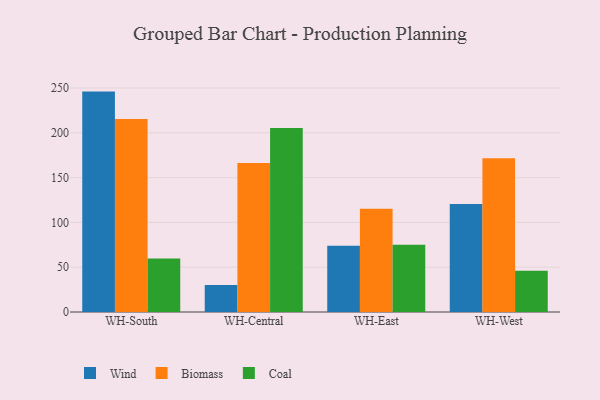
{"axis": {"x": "Warehouse", "y": "LTV (USD)"}, "legend": ["Biomass", "Coal", "Wind"], "data": [{"x": "WH-South", "y": 246.0, "type": "Wind"}, {"x": "WH-South", "y": 215.3, "type": "Biomass"}, {"x": "WH-South", "y": 59.7, "type": "Coal"}, {"x": "WH-Central", "y": 30.1, "type": "Wind"}, {"x": "WH-Central", "y": 166.4, "type": "Biomass"}, {"x": "WH-Central", "y": 205.5, "type": "Coal"}, {"x": "WH-East", "y": 73.9, "type": "Wind"}, {"x": "WH-East", "y": 115.3, "type": "Biomass"}, {"x": "WH-East", "y": 75.0, "type": "Coal"}, {"x": "WH-West", "y": 120.5, "type": "Wind"}, {"x": "WH-West", "y": 171.7, "type": "Biomass"}, {"x": "WH-West", "y": 46.0, "type": "Coal"}]}